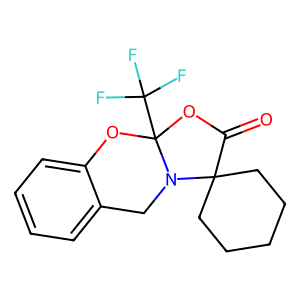
SMILES: O=C1OC2(C(F)(F)F)Oc3ccccc3CN2C12CCCCC2
Inhibits HIV replication: No